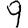
Digit: 9